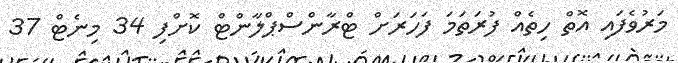
މަރުވެފައި އޮތް ހިތެއް ފުރަތަމަ ފަހަރަށް ޓްރާންސްޕްލާންޓް ކޮށްފި 34 މިނެޓް 37